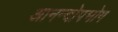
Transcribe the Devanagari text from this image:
आनन्दोपभोग